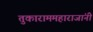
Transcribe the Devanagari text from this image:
तुकाराममहाराजांनीं